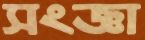
সংজ্ঞা